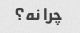
چرا نه؟